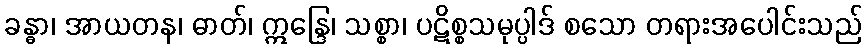
ခန္ဓာ၊ အာယတန၊ ဓာတ်၊ ဣန္ဒြေ၊ သစ္စာ၊ ပဋိစ္စသမုပ္ပါဒ် စသော တရားအပေါင်းသည်